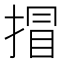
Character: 𢯾